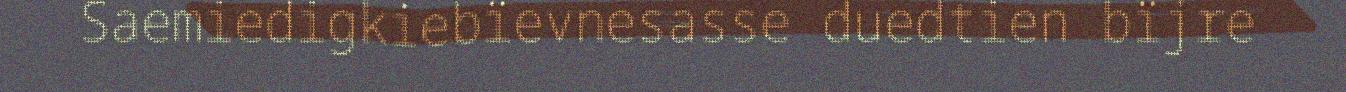
Saemiedigkiebïevnesasse duedtien bïjre